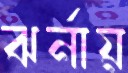
ঝর্নায়